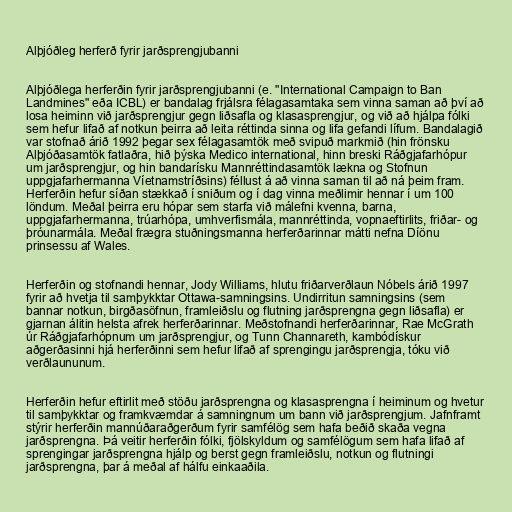
Alþjóðleg herferð fyrir jarðsprengjubanni

Alþjóðlega herferðin fyrir jarðsprengjubanni (e. "International Campaign to Ban
Landmines" eða ICBL) er bandalag frjálsra félagasamtaka sem vinna saman að því að
losa heiminn við jarðsprengjur gegn liðsafla og klasasprengjur, og við að hjálpa fólki
sem hefur lifað af notkun þeirra að leita réttinda sinna og lifa gefandi lífum. Bandalagið
var stofnað árið 1992 þegar sex félagasamtök með svipuð markmið (hin frönsku
Alþjóðasamtök fatlaðra, hið þýska Medico international, hinn breski Ráðgjafarhópur
um jarðsprengjur, og hin bandarísku Mannréttindasamtök lækna og Stofnun
uppgjafarhermanna Víetnamstríðsins) féllust á að vinna saman til að ná þeim fram.
Herferðin hefur síðan stækkað í sniðum og í dag vinna meðlimir hennar í um 100
löndum. Meðal þeirra eru hópar sem starfa við málefni kvenna, barna,
uppgjafarhermanna, trúarhópa, umhverfismála, mannréttinda, vopnaeftirlits, friðar- og
þróunarmála. Meðal frægra stuðningsmanna herferðarinnar mátti nefna Díönu
prinsessu af Wales.

Herferðin og stofnandi hennar, Jody Williams, hlutu friðarverðlaun Nóbels árið 1997
fyrir að hvetja til samþykktar Ottawa-samningsins. Undirritun samningsins (sem
bannar notkun, birgðasöfnun, framleiðslu og flutning jarðsprengna gegn liðsafla) er
gjarnan álitin helsta afrek herferðarinnar. Meðstofnandi herferðarinnar, Rae McGrath
úr Ráðgjafarhópnum um jarðsprengjur, og Tunn Channareth, kambódískur
aðgerðasinni hjá herferðinni sem hefur lifað af sprengingu jarðsprengja, tóku við
verðlaununum.

Herferðin hefur eftirlit með stöðu jarðsprengna og klasasprengna í heiminum og hvetur
til samþykktar og framkvæmdar á samningnum um bann við jarðsprengjum. Jafnframt
stýrir herferðin mannúðaraðgerðum fyrir samfélög sem hafa beðið skaða vegna
jarðsprengna. Þá veitir herferðin fólki, fjölskyldum og samfélögum sem hafa lifað af
sprengingar jarðsprengna hjálp og berst gegn framleiðslu, notkun og flutningi
jarðsprengna, þar á meðal af hálfu einkaaðila.